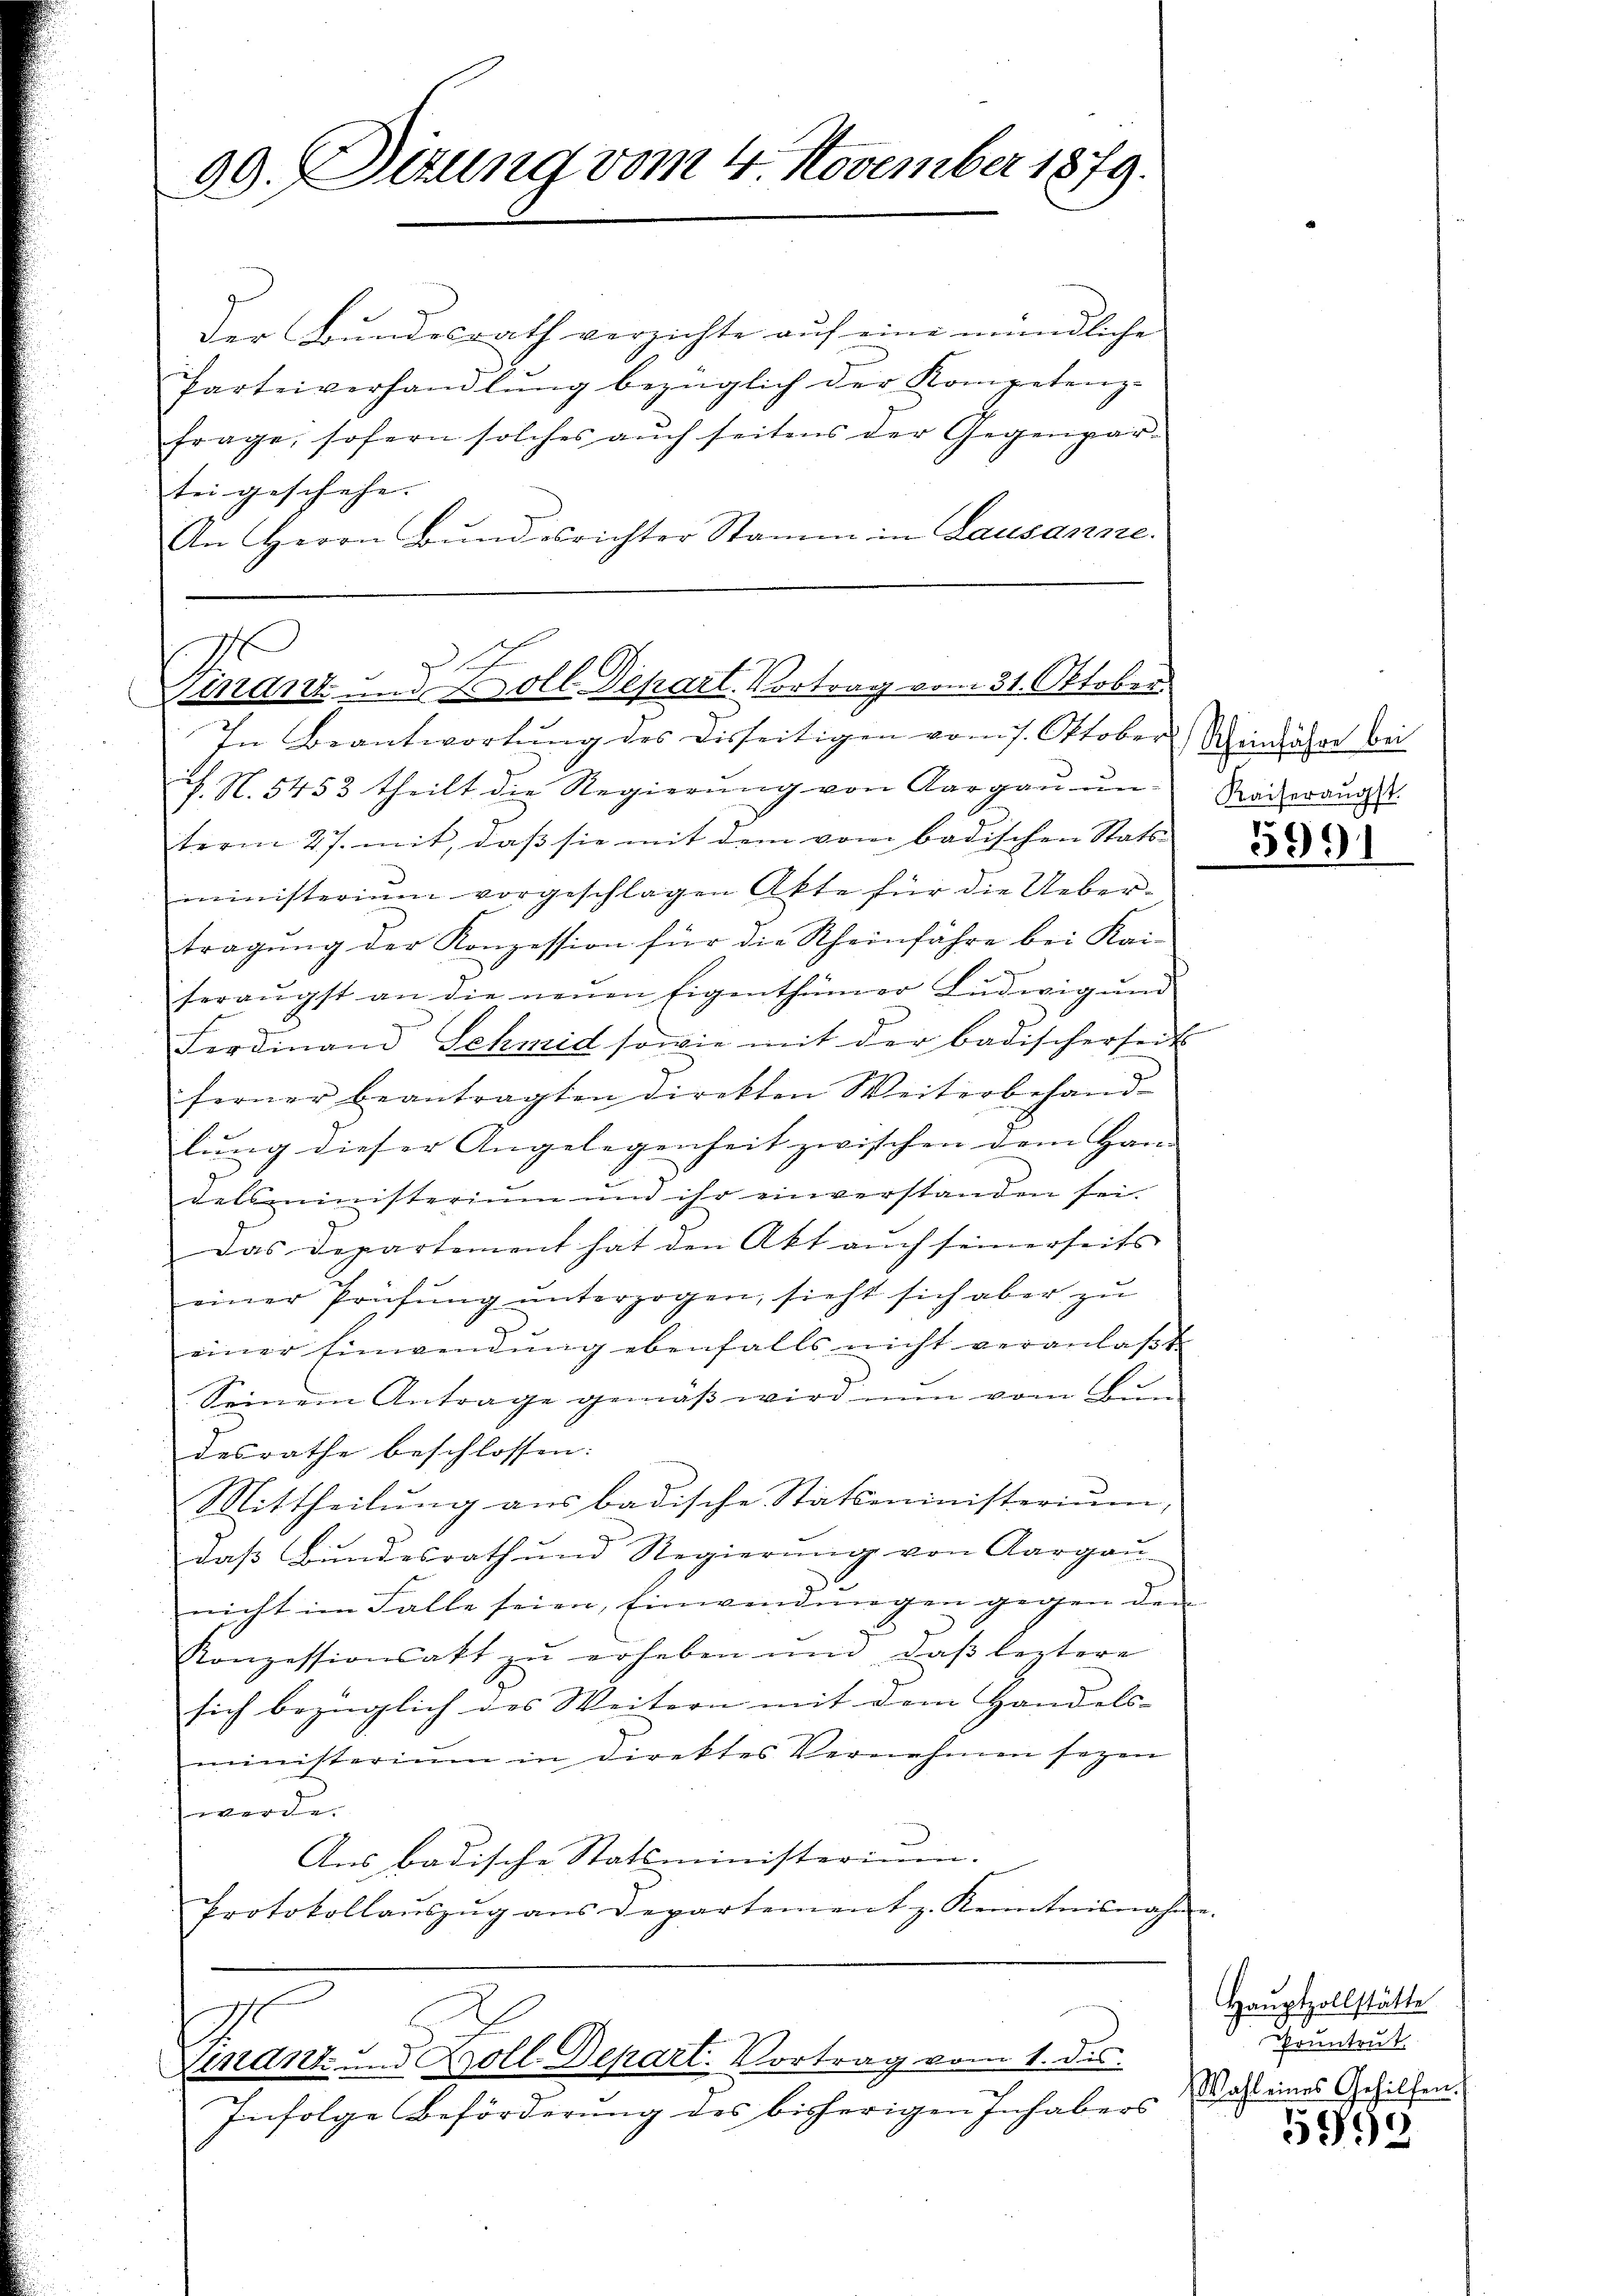
90. Sizung vom 4 November 1879.

Der Bundesrath verzichte auf eine mündliche
Parteiverhandlŭng bezüglich der Kompetenz-
frage, sofern solches aŭch seitens der Gegenpar-
tei geschehe. |
An Herrn Bŭndesrichter Stamm in Lausanne.

Finanz und Soll Depart. Vortrag vom 31. Oktober
In Beantwortŭng des Disseitigen vom 7. Oktober

N. 5453 theilt die Regierŭng von Aargaŭŭn- Sacherausst
term 27. mit, daß sie mit dem vom badischen Stats-
ministerium vorgeschlagen Akte für die Uebertragŭng der Konzession für die Rheinfahre bei Kai-
heräŭgst an die neŭen Eigenthümer Ludwigŭng
Ferdinand Schmid sowie mit der badischerseit
ferner beantragten Direkten Weiterbehand-
lung dieser Angelegenheit zwischen dem Han-
delsministerium und ihr einverstanden sei.
Das Departement hat den Akt auch seinerseits
einer Prüfŭng ŭnterzogen, sieht sich aber zŭ
einer Einwendung ebenfalls nicht veranlaßt
Seinem Antrage gemäß wird nun vom Bun-
desrathe beschlossen:
Mittheilung aus badische Statsministerium,
das Bundesrath und Regierung von Aargau
nicht im Falle seien, Einwendŭngen gegen den
Konzessionsakt zŭ erheben und daβ leztere
sich bezüglich des Weitern mit dem Handels-
ministerium in Direktes Vernehmen sezen
e
Aus badische Statsministerium.
Protokollaŭszŭg ans Departement z. Kenntnisnahme.

Lenant und Boll-Depart. Vortrag vom 1. des

Infolge Beförderung des bisherigen Inhabers

Scheinfahre bei

Hauptzollstätte
runtrut
Wahl eines Gehilfen.
)

3991

599
s